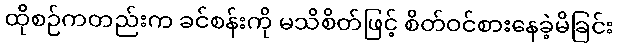
ထိုစဉ်ကတည်းက ခင်စန်းကို မသိစိတ်ဖြင့် စိတ်ဝင်စားနေခဲ့မိခြင်း